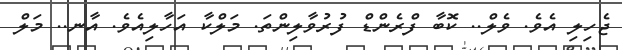
ޖެހިލި އެވެ. ވެލް.. ކޮބާ ފްރެންޑް ފުރުވާލިންތަ. މަލްކާ އަހާލިއެވެ. އާނ.. މަލް